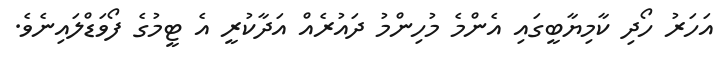
އަހަރު ހޯދި ކާމިޔާބީގައި އެންމެ މުހިންމު ދައުރެއް އަދާކުރީ އެ ޓީމުގެ ފޯވަޑްލައިނެވެ.